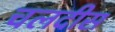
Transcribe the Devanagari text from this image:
चलदीस